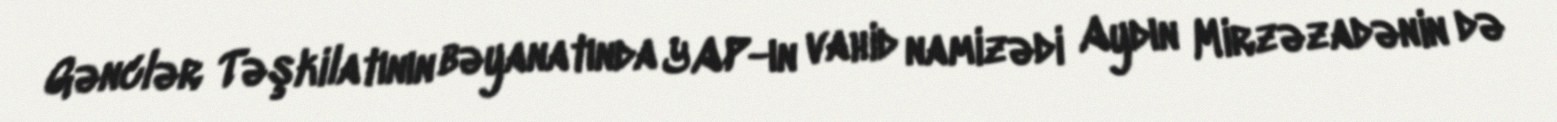
Gənclər Təşkilatının bəyanatında YAP-ın vahid namizədi Aydın Mirzəzadənin də